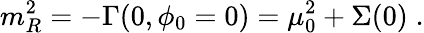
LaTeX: m_{R}^{2}=-\Gamma(0,\phi_{0}=0)=\mu_{0}^{2}+\Sigma(0)\; .